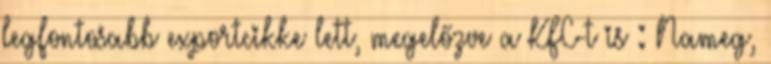
legfontosabb exportcikke lett, megelőzve a KFC-t is : Nameg,